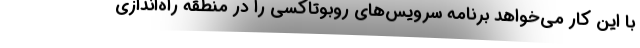
با این کار می‌خواهد برنامه سرویس‌های روبوتاکسی را در منطقه راه‌اندازی